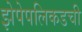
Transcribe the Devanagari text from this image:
झेपेपलिकडची